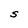
Character: S